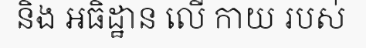
និង អធិដ្ឋាន លើ កាយ របស់